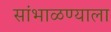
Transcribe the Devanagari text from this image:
सांभाळण्याला